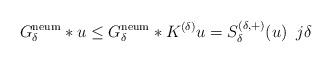
LaTeX: \begin{align*}G^{\rm neum}_\delta *u \le G^{\rm neum}_\delta *K^{(\delta)}u=S_{\delta}^{(\delta,+)}(u)\;\; j\delta\end{align*}